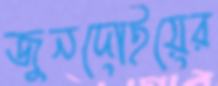
জুনদোইয়ের